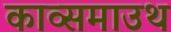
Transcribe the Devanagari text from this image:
काव्समाउथ